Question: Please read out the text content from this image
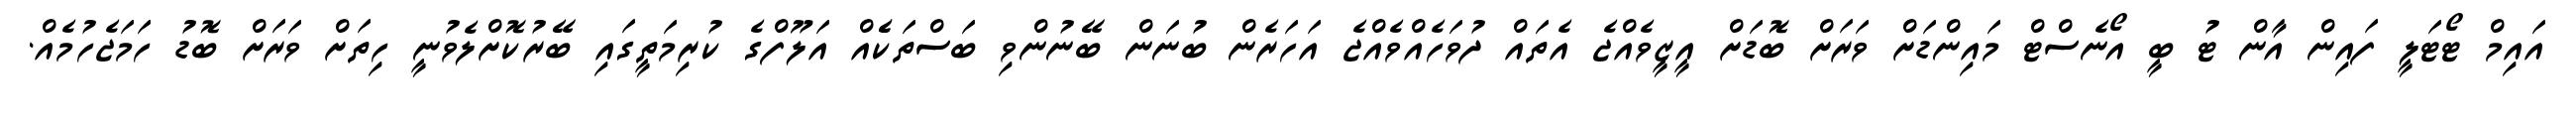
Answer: އައިމް ޓޯޓަލީ ފައިން އާން ޓު ބީ އޯނެސްޓް މައިންޑަށް ވަރަށް ބޮޑަށް އީޒީވެއްޖެ އެތައް ދުވަހެއްވެއްޖެ އަހަރެން ބުނަން ބޭނުންވި ބަސްތަކެެއް އަލޫފްގެ ކުރިމަތީގައި ބޭރުކޮށްލެވުނީ ހިތަށް ވަރަށް ބޮޑު ހަމަޖެހުމެއް.